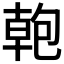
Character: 𭅎